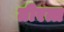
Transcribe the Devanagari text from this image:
तीरत्त